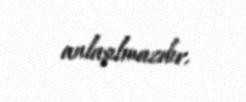
anlaşılmazdır.